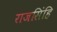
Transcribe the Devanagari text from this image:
राजसिंहि